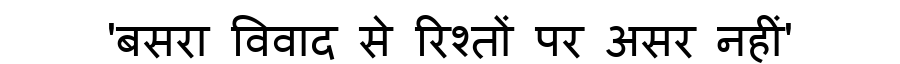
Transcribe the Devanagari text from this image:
'बसरा विवाद से रिश्तों पर असर नहीं'